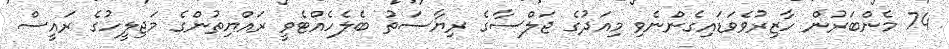
74 މެންބަރުން ހާޒިރުވެވަޑައިގެންނެވި މިއަދުގެ ޖަލްސާގެ ރިޔާސަތު ބެލެހެއްޓެވީ ރައްޔިތުންގެ މަޖިލީހުގެ ރައީސް